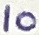
Text: 10